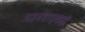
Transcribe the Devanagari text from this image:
मानवाएवढी